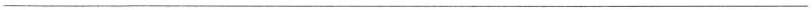
___